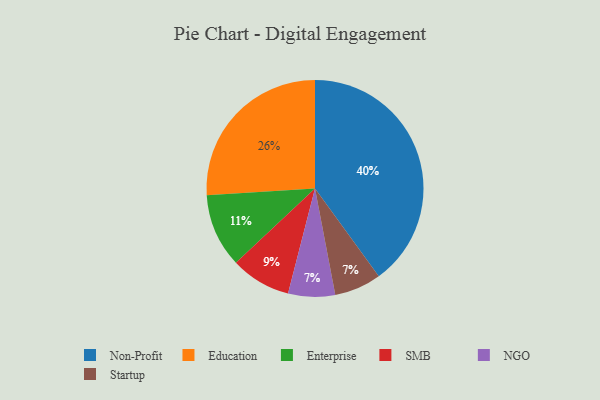
{"axis": {"x": "Category", "y": "Percentage"}, "legend": ["Education", "Enterprise", "NGO", "Non-Profit", "SMB", "Startup"], "data": [{"x": "NGO", "y": 7, "type": "NGO"}, {"x": "Education", "y": 26, "type": "Education"}, {"x": "Non-Profit", "y": 40, "type": "Non-Profit"}, {"x": "Enterprise", "y": 11, "type": "Enterprise"}, {"x": "SMB", "y": 9, "type": "SMB"}, {"x": "Startup", "y": 7, "type": "Startup"}]}